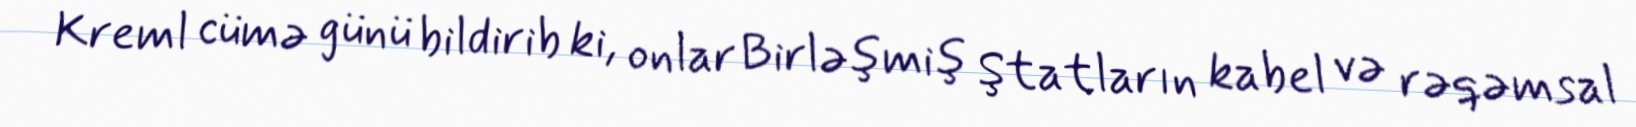
Kreml cümə günü bildirib ki, onlar Birləşmiş Ştatların kabel və rəqəmsal